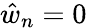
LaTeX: \hat{w}_{n}=0